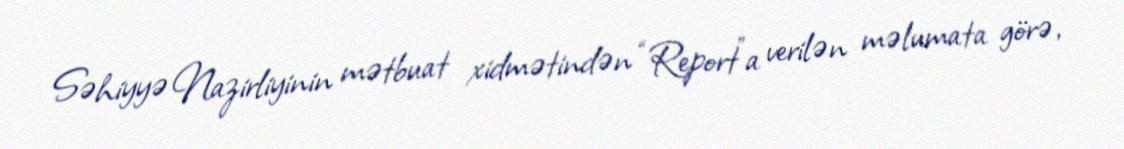
Səhiyyə Nazirliyinin mətbuat xidmətindən “Report”a verilən məlumata görə,